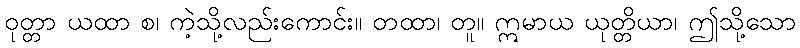
ဝုတ္တာ ယထာ စ၊ ကဲ့သို့လည်းကောင်း။ တထာ၊ တူ။ ဣမာယ ယုတ္တိယာ၊ ဤသို့သော